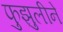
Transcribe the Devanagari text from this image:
फुझुलीने